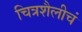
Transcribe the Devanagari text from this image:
चित्रशैलीचं